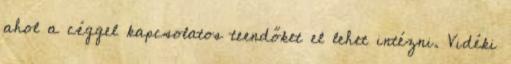
ahol a céggel kapcsolatos teendőket el lehet intézni. Vidéki